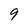
Character: 9